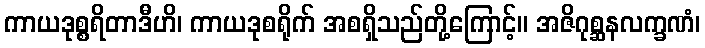
ကာယဒုစ္စရိတာဒီဟိ၊ ကာယဒုစရိုက် အစရှိသည်တို့ကြောင့်။ အဇိဂုစ္ဆနလက္ခဏံ၊